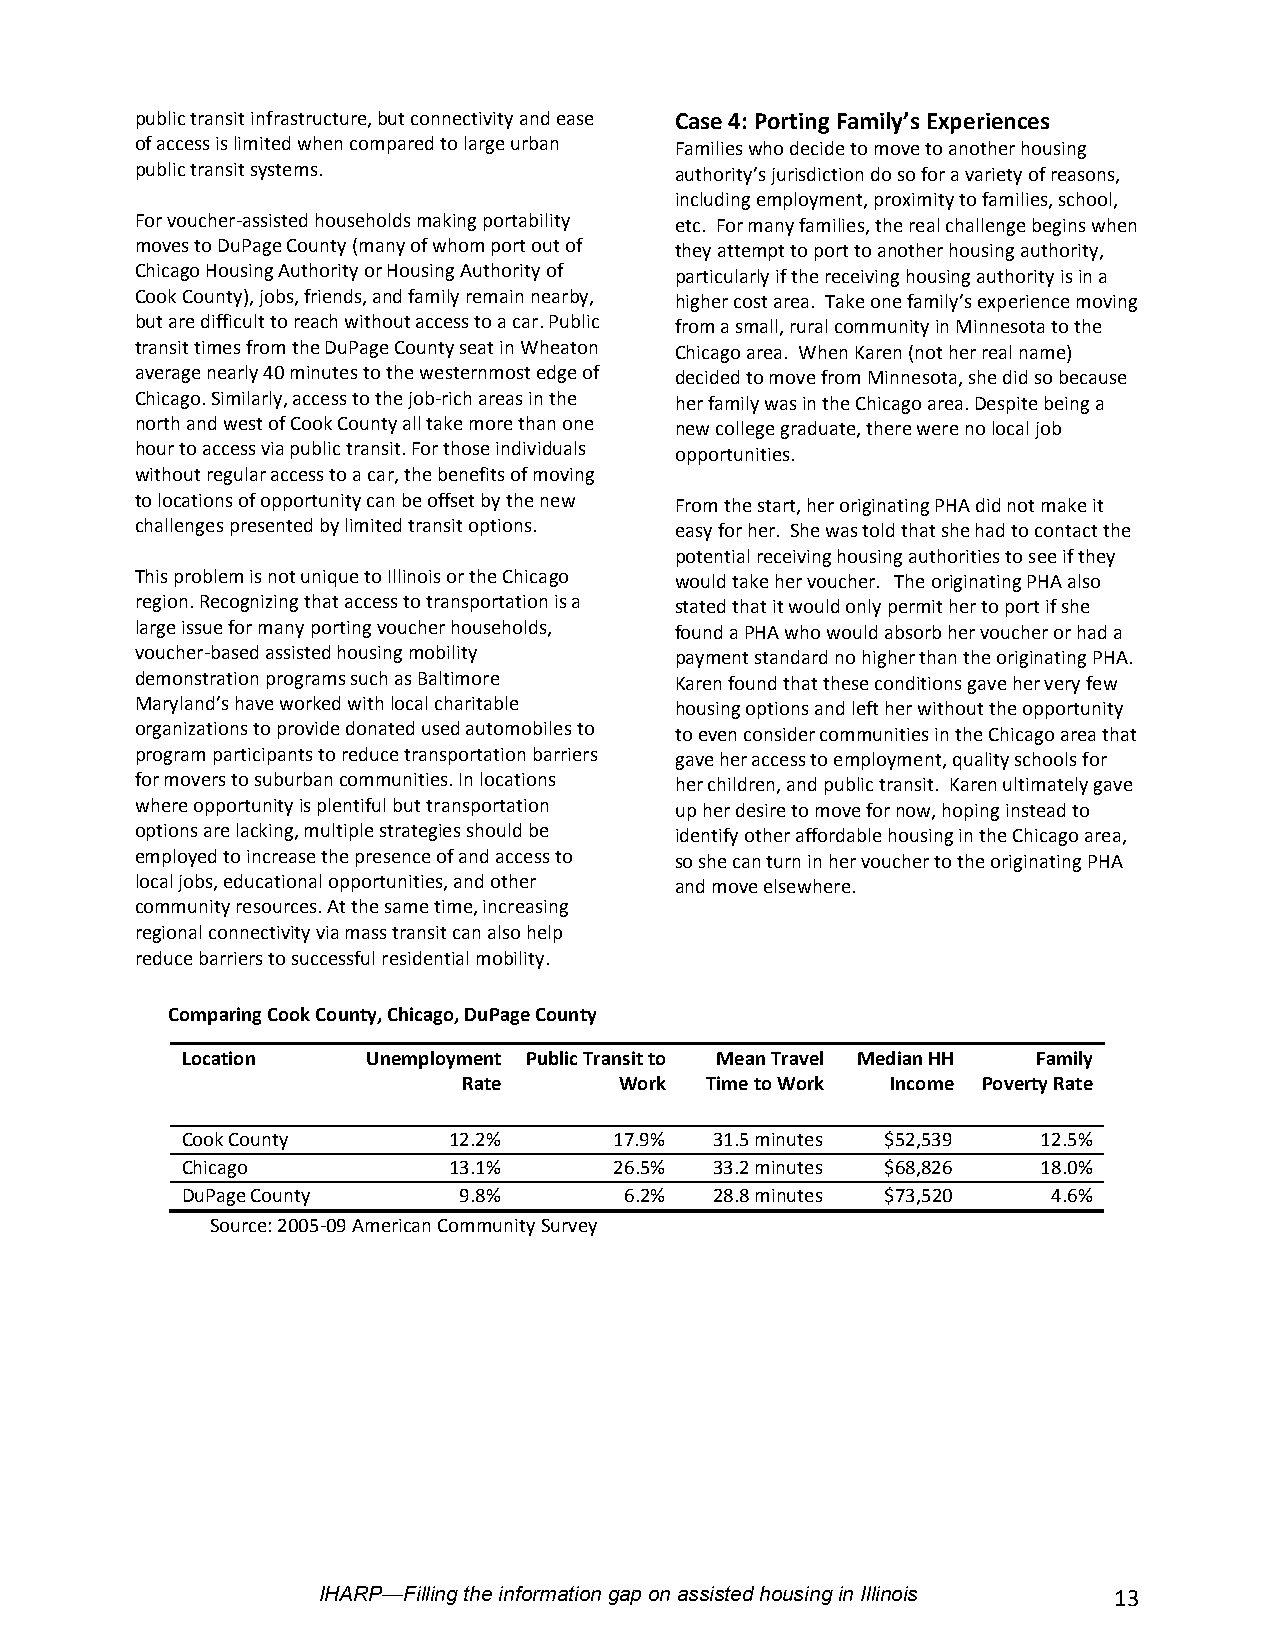
public transit infrastructure, but connectivity and ease Case 4: Porting Family’s Experiences
 of access is limited when compared to large urban Families who decide to move to another housing
 public transit systems.             authority’s jurisdiction do so for a variety of reasons,
 including employment, proximity to families, school,
 For voucher-assisted households making portability etc. For many families, the real challenge begins when
 moves to DuPage County (many of whom port out of they attempt to port to another housing authority,
 Chicago Housing Authority or Housing Authority of particularly if the receiving housing authority is in a
 Cook County), jobs, friends, and family remain nearby, higher cost area. Take one family’s experience moving
 but are difficult to reach without access to a car. Public from a small, rural community in Minnesota to the
 transit times from the DuPage County seat in Wheaton Chicago area. When Karen (not her real name)
 average nearly 40 minutes to the westernmost edge of decided to move from Minnesota, she did so because
 Chicago. Similarly, access to the job-rich areas in the her family was in the Chicago area. Despite being a
 north and west of Cook County all take more than one new college graduate, there were no local job
 hour to access via public transit. For those individuals opportunities.
 without regular access to a car, the benefits of moving
 to locations of opportunity can be offset by the new From the start, her originating PHA did not make it
 challenges presented by limited transit options. easy for her. She was told that she had to contact the
 potential receiving housing authorities to see if they
 This problem is not unique to Illinois or the Chicago would take her voucher. The originating PHA also
 region. Recognizing that access to transportation is a stated that it would only permit her to port if she
 large issue for many porting voucher households, found a PHA who would absorb her voucher or had a
 voucher-based assisted housing mobility payment standard no higher than the originating PHA.
 demonstration programs such as Baltimore Karen found that these conditions gave her very few
 Maryland’s have worked with local charitable housing options and left her without the opportunity
 organizations to provide donated used automobiles to to even consider communities in the Chicago area that
 program participants to reduce transportation barriers gave her access to employment, quality schools for
 for movers to suburban communities. In locations her children, and public transit. Karen ultimately gave
 where opportunity is plentiful but transportation up her desire to move for now, hoping instead to
 options are lacking, multiple strategies should be identify other affordable housing in the Chicago area,
 employed to increase the presence of and access to so she can turn in her voucher to the originating PHA
 local jobs, educational opportunities, and other and move elsewhere.
 community resources. At the same time, increasing
 regional connectivity via mass transit can also help
 reduce barriers to successful residential mobility.
 Comparing Cook County, Chicago, DuPage County
 Location    Unemployment Public Transit to Mean Travel Median HH Family
 Rate      Work  Time to Work Income Poverty Rate
 Cook County       12.2%      17.9% 31.5 minutes $52,539  12.5%
 Chicago           13.1%      26.5% 33.2 minutes $68,826  18.0%
 DuPage County     9.8%       6.2%  28.8 minutes $73,520   4.6%
 Source: 2005-09 American Community Survey
 IHARP—Filling the information gap on assisted housing in Illinois 13